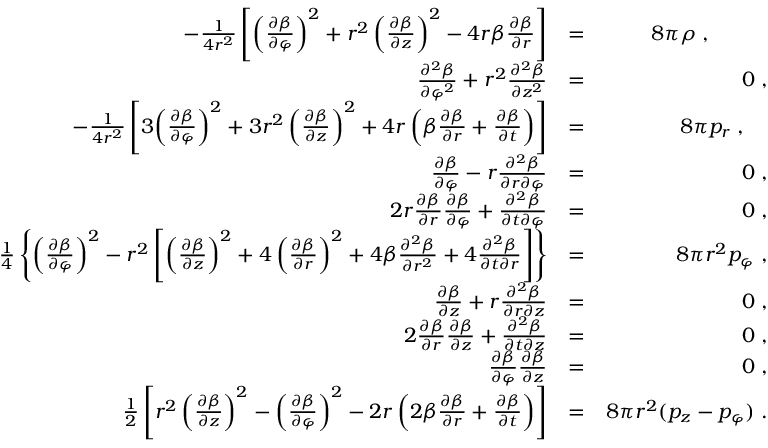
\begin{array} { r l r } { - \frac { 1 } { 4 r ^ { 2 } } \left[ \left( \frac { \partial \beta } { \partial \varphi } \right) ^ { 2 } + r ^ { 2 } \left( \frac { \partial \beta } { \partial z } \right) ^ { 2 } - 4 r \beta \frac { \partial \beta } { \partial r } \right] } & { = } & { 8 \pi \rho \; , \; \; \; \; \; \; \; \; \; \; } \\ { \frac { \partial ^ { 2 } \beta } { \partial \varphi ^ { 2 } } + r ^ { 2 } \frac { \partial ^ { 2 } \beta } { \partial z ^ { 2 } } } & { = } & { 0 \; , } \\ { - \frac { 1 } { 4 r ^ { 2 } } \left[ 3 \! \left( \frac { \partial \beta } { \partial \varphi } \right) ^ { 2 } + 3 r ^ { 2 } \left( \frac { \partial \beta } { \partial z } \right) ^ { 2 } + 4 r \left( \beta \frac { \partial \beta } { \partial r } + \frac { \partial \beta } { \partial t } \right) \right] } & { = } & { 8 \pi p _ { r } \; , \; \; \; \; } \\ { \frac { \partial \beta } { \partial \varphi } - r \frac { \partial ^ { 2 } \beta } { \partial r \partial \varphi } } & { = } & { 0 \; , } \\ { 2 r \frac { \partial \beta } { \partial r } \frac { \partial \beta } { \partial \varphi } + \frac { \partial ^ { 2 } \beta } { \partial t \partial \varphi } } & { = } & { 0 \; , } \\ { \frac { 1 } { 4 } \left\{ \left( \frac { \partial \beta } { \partial \varphi } \right) ^ { 2 } - r ^ { 2 } \left[ \left( \frac { \partial \beta } { \partial z } \right) ^ { 2 } + 4 \left( \frac { \partial \beta } { \partial r } \right) ^ { 2 } + 4 \beta \frac { \partial ^ { 2 } \beta } { \partial r ^ { 2 } } + 4 \frac { \partial ^ { 2 } \beta } { \partial t \partial r } \right] \right\} } & { = } & { 8 \pi r ^ { 2 } p _ { \varphi } \; , } \\ { \frac { \partial \beta } { \partial z } + r \frac { \partial ^ { 2 } \beta } { \partial r \partial z } } & { = } & { 0 \; , } \\ { 2 \frac { \partial \beta } { \partial r } \frac { \partial \beta } { \partial z } + \frac { \partial ^ { 2 } \beta } { \partial t \partial z } } & { = } & { 0 \; , } \\ { \frac { \partial \beta } { \partial \varphi } \frac { \partial \beta } { \partial z } } & { = } & { 0 \; , } \\ { \frac { 1 } { 2 } \left[ r ^ { 2 } \left( \frac { \partial \beta } { \partial z } \right) ^ { 2 } - \left( \frac { \partial \beta } { \partial \varphi } \right) ^ { 2 } - 2 r \left( 2 \beta \frac { \partial \beta } { \partial r } + \frac { \partial \beta } { \partial t } \right) \right] } & { = } & { 8 \pi r ^ { 2 } ( p _ { z } - p _ { \varphi } ) \; . } \end{array}